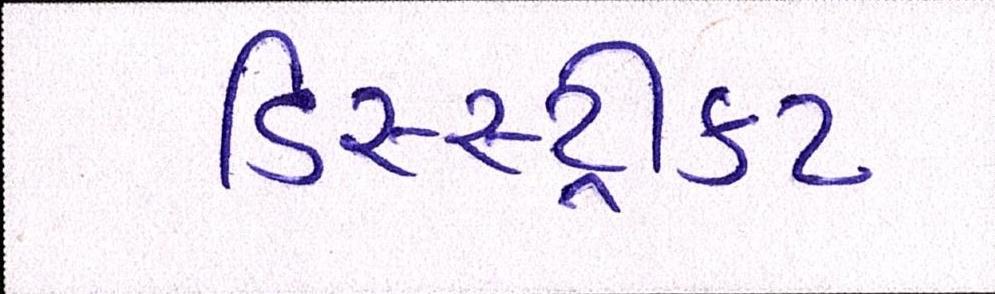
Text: ડિસ્સ્ટ્રીક્ટ